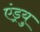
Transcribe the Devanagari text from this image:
एंड्रयु